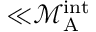
{ \ll } \mathcal { M } _ { \mathrm { A } } ^ { \mathrm { i n t } }